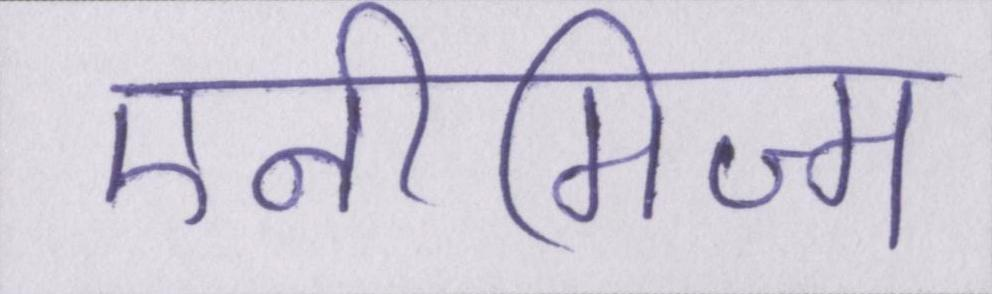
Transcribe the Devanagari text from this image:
एनीमिज्म